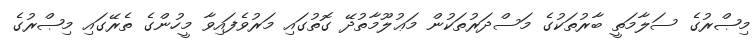
މިޞްރުގެ ސަލާމަތީ ބާރުތަކުގެ މަސްދަރުތަކުން މަޢުލޫމާތުދޭ ގޮތުގައި މަރުވެފައިވާ މީހުންގެ ތެރޭގައި މިޞްރުގެ